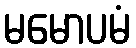
မမောပမံ